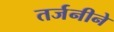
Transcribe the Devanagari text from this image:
तर्जनीने